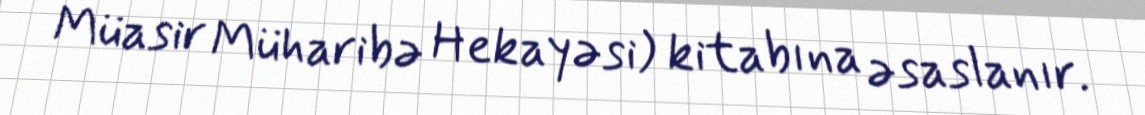
Müasir Müharibə Hekayəsi) kitabına əsaslanır.